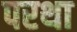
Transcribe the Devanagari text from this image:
परथा